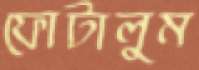
ফোটালুম